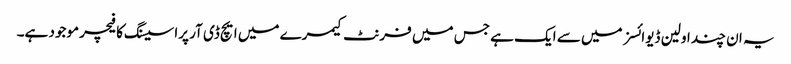
یہ ان چند اولین ڈیوائسز میں سے ایک ہے جس میں فرنٹ کیمرے میں ایچ ڈی آر پراسیسنگ کا فیچر موجود ہے۔